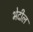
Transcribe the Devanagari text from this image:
भेदील